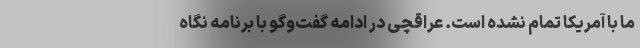
ما با آمریکا تمام نشده است. عراقچی در ادامه گفت‌وگو با برنامه نگاه